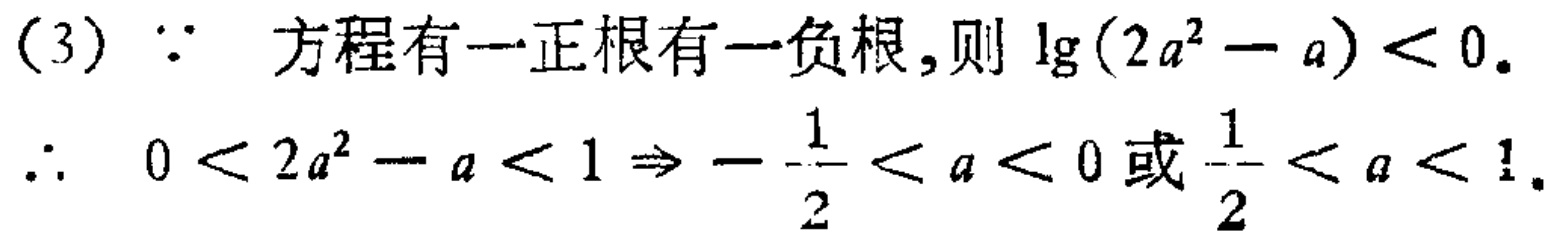
（3）$\because$ 方程有一正根有一负根, 则 $\lg(2a^{2}-a)<0$.
$\therefore$ $0 < 2a^{2}-a < 1\Rightarrow -\frac{1}{2}<a<0$ 或 $\frac{1}{2}<a<1$.